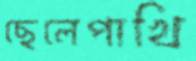
ছেলেপাখি